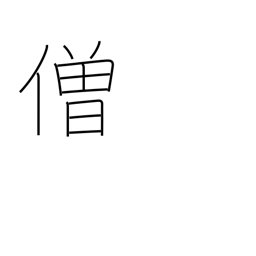
Meaning: monk